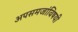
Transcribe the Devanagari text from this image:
अपसमजांविषयी